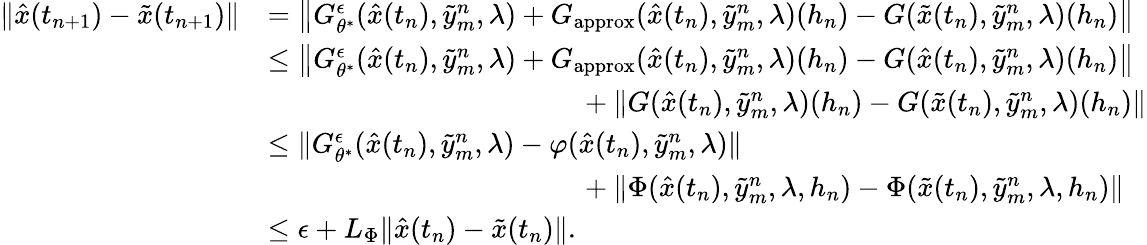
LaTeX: \begin{array}{rl}{\| \hat{x}(t_{n+1})-\tilde{x}(t_{n+1})\| }&{=\left\| G_{\theta^{*}}^{\epsilon}(\hat{x}(t_{n}),\tilde{y}_{m}^{n},\lambda)+G_{\mathrm{approx}}(\hat{x}(t_{n}),\tilde{y}_{m}^{n},\lambda)(h_{n})-G(\tilde{x}(t_{n}),\tilde{y}_{m}^{n},\lambda)(h_{n})\right\| }\\ &{\le\left\| G_{\theta^{*}}^{\epsilon}(\hat{x}(t_{n}),\tilde{y}_{m}^{n},\lambda)+G_{\mathrm{approx}}(\hat{x}(t_{n}),\tilde{y}_{m}^{n},\lambda)(h_{n})-G(\hat{x}(t_{n}),\tilde{y}_{m}^{n},\lambda)(h_{n})\right\| }\\ &{\qquad~\qquad~\qquad~\qquad~\qquad+\| G(\hat{x}(t_{n}),\tilde{y}_{m}^{n},\lambda)(h_{n})-G(\tilde{x}(t_{n}),\tilde{y}_{m}^{n},\lambda)(h_{n})\| }\\ &{\le\| G_{\theta^{*}}^{\epsilon}(\hat{x}(t_{n}),\tilde{y}_{m}^{n},\lambda)-\varphi(\hat{x}(t_{n}),\tilde{y}_{m}^{n},\lambda)\| }\\ &{\qquad~\qquad~\qquad~\qquad~\qquad+\| \Phi(\hat{x}(t_{n}),\tilde{y}_{m}^{n},\lambda,h_{n})-\Phi(\tilde{x}(t_{n}),\tilde{y}_{m}^{n},\lambda,h_{n})\| }\\ &{\le\epsilon+L_{\Phi}\| \hat{x}(t_{n})-\tilde{x}(t_{n})\| .}\end{array}